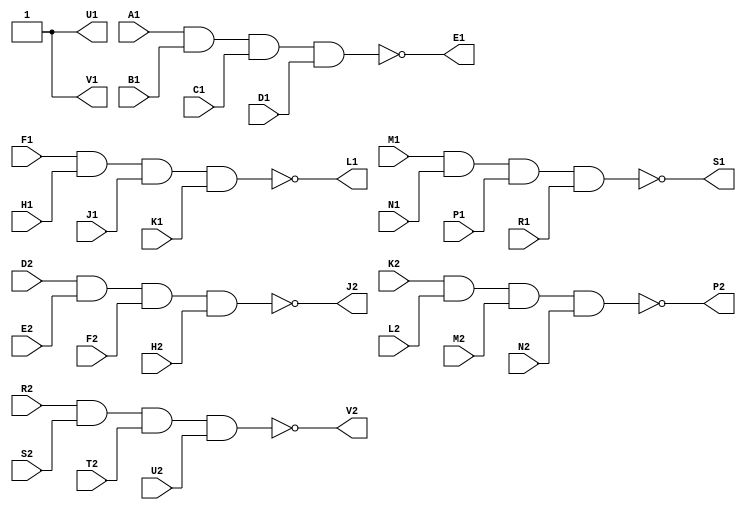
// M627 - Power Amplifier
// Kyle Owen - 10 March 2021

module m627 (
	input A1,
	input B1,
	input C1,
	input D1,
	output E1,
	input F1,
	input H1,
	input J1,
	input K1,
	output L1,
	input M1,
	input N1,
	input P1,
	input R1,
	output S1,
	//inout T1,  // ground
	output U1, // logic high, 3V
	output V1, // logic high, 3V

	//inout A2,  // +5V
	//inout B2,  // -15V (not used)
	//inout C2,  // ground
	input D2,
	input E2,
	input F2,
	input H2,
	output J2,
	input K2,
	input L2,
	input M2,
	input N2,
	output P2,
	input R2,
	input S2,
	input T2,
	input U2,
	output V2
	);

assign E1 = !(A1 & B1 & C1 & D1);
assign L1 = !(F1 & H1 & J1 & K1);
assign S1 = !(M1 & N1 & P1 & R1);
assign J2 = !(D2 & E2 & F2 & H2);
assign P2 = !(K2 & L2 & M2 & N2);
assign V2 = !(R2 & S2 & T2 & U2);
assign U1 = 1'b1;
assign V1 = 1'b1;

endmodule